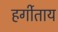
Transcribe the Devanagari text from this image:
हर्गीताय